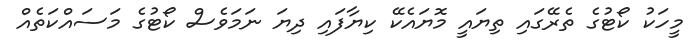
މީހަކު ކޯޓުގެ ތެރޭގައި ތިޔައީ މޮޔައެކޭ ކިޔާފައި ދިޔަ ނަމަވެސް ކޯޓުގެ މަސައްކަތެއް